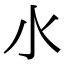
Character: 𣱱